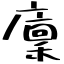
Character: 廩